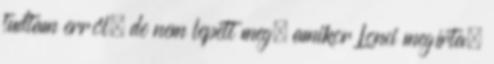
tudtam erről, de nem lepett meg, amikor Lonci megírta;